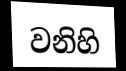
වනිහි